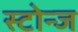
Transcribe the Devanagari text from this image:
स्टोन्ज